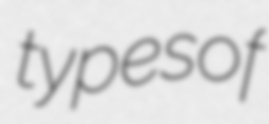
typesof